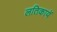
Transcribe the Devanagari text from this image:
लतिकायें